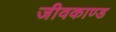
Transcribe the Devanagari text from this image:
जीवकाण्ड